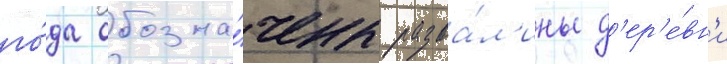
го́да обозна́чены разва́л'ины д'ер'е́вн'и